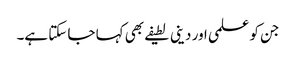
جن کو علمی اور دینی لطیفے بھی کہا جا سکتا ہے۔